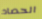
الحصاد